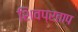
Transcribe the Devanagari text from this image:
शिवप्रताप